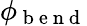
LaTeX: \phi_{\mathrm{~b~e~n~d~}}